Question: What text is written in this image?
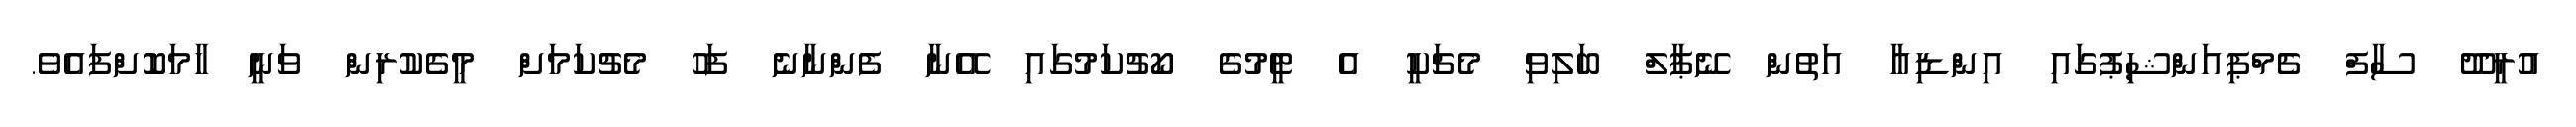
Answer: އުރީދޫ ސާފް ޗެމްޕިއަންޝިޕުގައި އިންޑިއާ އަތުން ނޭޕާލް ބަލިވި މެޗަކީ އެ ޓީމުގެ ކޯޗުކަމުގައި އޭނާ ފެންނާނެ ފަހު މެޗުކަމަށް މީގެކުރިން ވަނީ ހާމަކޮށްފައެވެ.